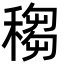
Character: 䅳